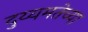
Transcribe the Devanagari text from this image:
दुय्यमतेच्या